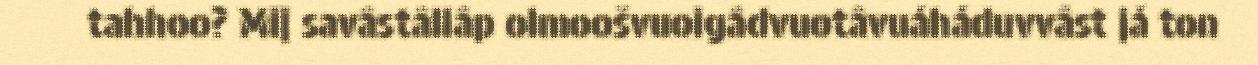
tahhoo? Mij savâstâllâp olmoošvuoigâdvuotâvuáháduvvâst já ton